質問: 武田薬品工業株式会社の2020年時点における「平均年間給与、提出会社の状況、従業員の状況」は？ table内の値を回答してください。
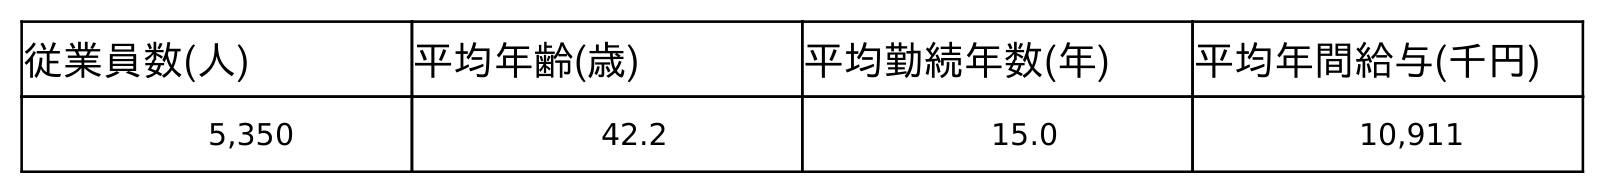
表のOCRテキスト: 従業員数(人) 平均年齢(歳) 平均勤続年数(年) 平均年間給与(千円) 5,350 42.2 15.0 10,911
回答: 10,911